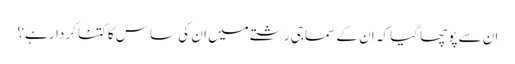
ان سے پوچھا گیا کہ ان کے سماجی رشتے میں ان کی ساس کا کتنا کردار ہے؟